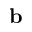
\mathbf { b }